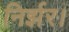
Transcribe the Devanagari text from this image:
निर्झर।